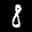
Label: 8